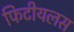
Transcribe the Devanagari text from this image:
फिटीयलस